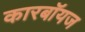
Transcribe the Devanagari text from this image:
कारबॉयज